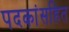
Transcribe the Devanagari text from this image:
पदकांसहित